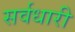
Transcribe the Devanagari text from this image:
सर्वधारी